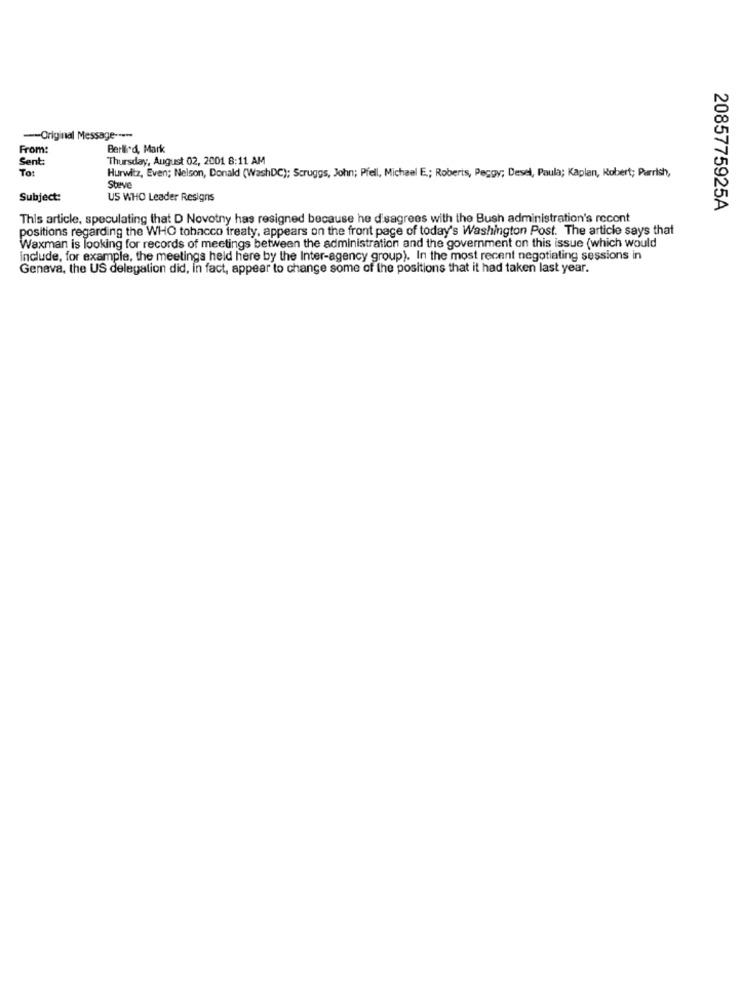
-- Original Message -----
From:
Berlied, Mark
Sent:
Thursday, August 02, 2001 8:11 AM
Tot
Hurwitz, Even; Nelson, Donald (WashDC); Scruggs, John; Piell, Michael E .; Roberts, Peggy; Desel, Paula; Kaplan, Robert; Parrish,
Steve
Subject:
US WHO Leader Resigns
2085775925A
This article, speculating that D Novotny has resigned because he disagrees with the Bush administration's recent
positions regarding the WHO tobacco treaty, appears on the front page of today's Washington Post. The article says that
Waxman is looking for records of meetings between the administration and the government on this issue (which would
include, for example, the meetings held here by the Inter-agency group). In the most recent negotiating sessions in
Geneva, the US delegation did, in fact, appear to change some of the positions that it had taken last year.